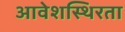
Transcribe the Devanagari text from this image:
आवेशस्थिरता